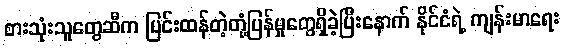
စားသုံးသူတွေဆီက ပြင်းထန်တဲ့တုံ့ပြန်မှုတွေရှိခဲ့ပြီးနောက် နိုင်ငံရဲ့ ကျန်းမာရေး